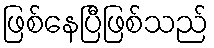
ဖြစ်နေပြီဖြစ်သည်